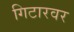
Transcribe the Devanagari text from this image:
गिटारवर